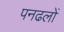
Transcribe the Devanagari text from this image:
पनढलों